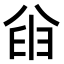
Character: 𫤮